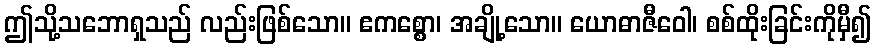
ဤသို့သဘောရှသည် လည်းဖြစ်သော။ ဧကစ္စော၊ အချို့သော။ ယောဓာဇီဝေါ၊ စစ်ထိုးခြင်းကိုမှီ၍